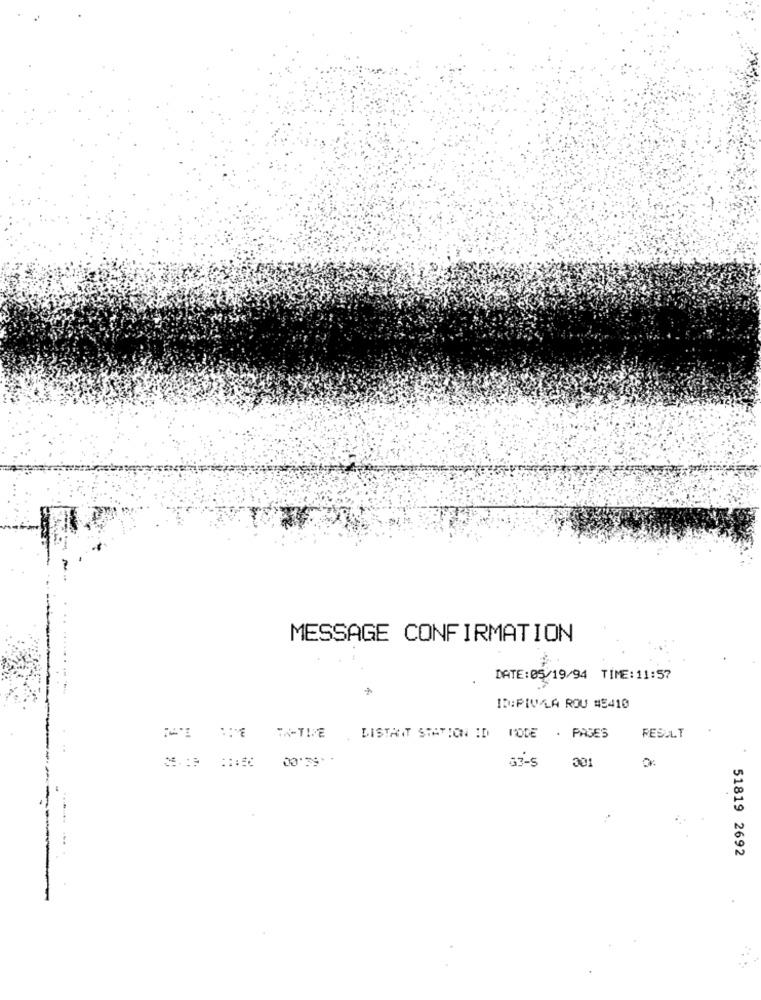
MESSAGE CONFIRMATION
DATE: 05/19/94 TIME: 11:57
ID:PIVLA ROU #5410
TA-TIVE
LISTANT STATION ID PODE . PAGES
RESULT
00:59
30
33-5
51819 2692